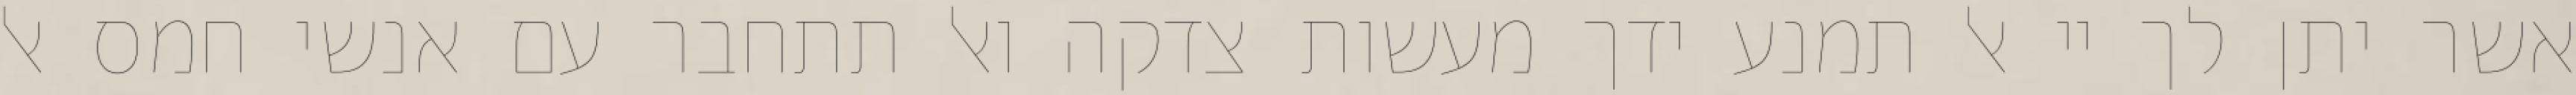
אשר יתן לך יי אל תמנע ידך מעשות צדקה ואל תתחבר עם אנשי חמס אל